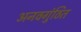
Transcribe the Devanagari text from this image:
अनवगुंठित